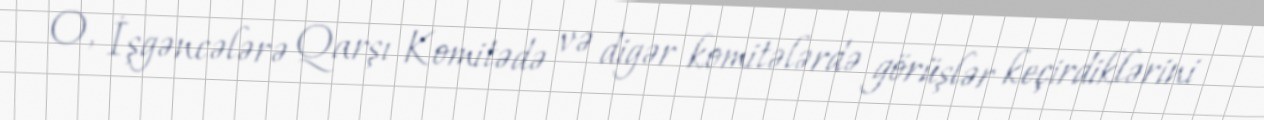
O, İşgəncələrə Qarşı Komitədə və digər komitələrdə görüşlər keçirdiklərini